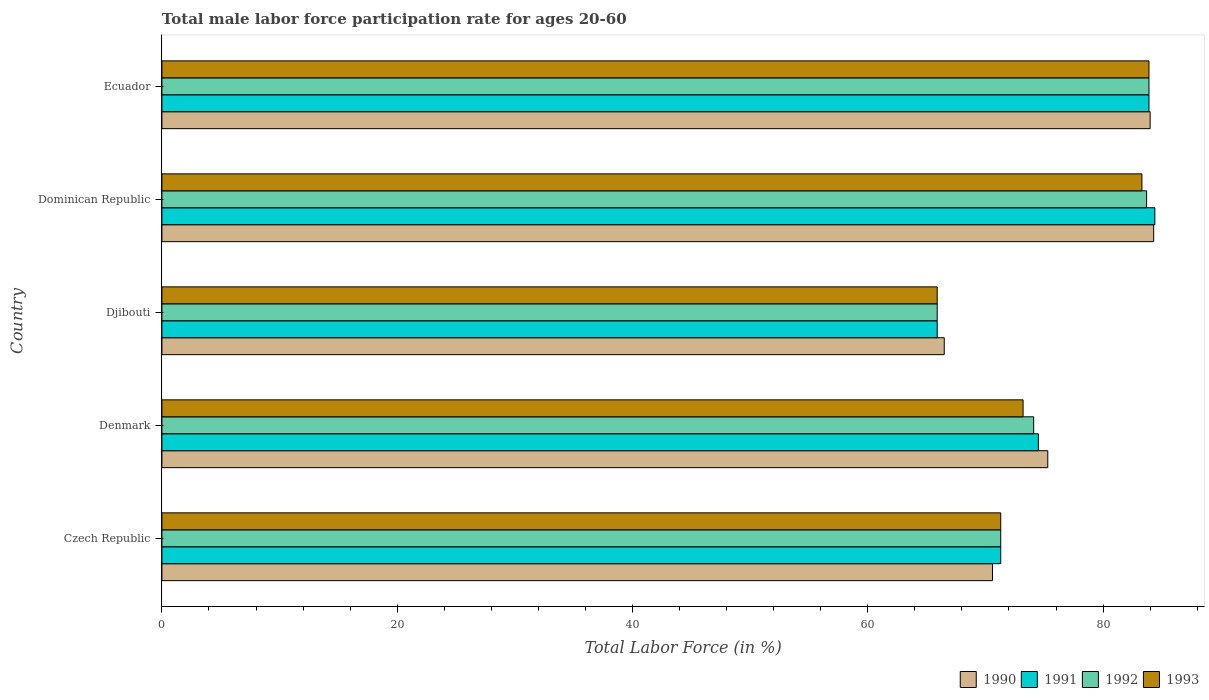
| Country | 1990 | 1991 | 1992 | 1993 |
 | --- | --- | --- | --- | --- |
 | Czech Republic | 70.6 | 71.3 | 71.3 | 71.3 |
 | Denmark | 75.3 | 74.5 | 74.1 | 73.2 |
 | Djibouti | 66.5 | 65.9 | 65.9 | 65.9 |
 | Dominican Republic | 84.3 | 84.4 | 83.7 | 83.3 |
 | Ecuador | 84 | 83.9 | 83.9 | 83.9 |